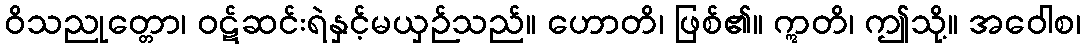
ဝိသညုတ္တော၊ ဝဋ်ဆင်းရဲနှင့်မယှဉ်သည်။ ဟောတိ၊ ဖြစ်၏။ ဣတိ၊ ဤသို့။ အဝေါစ၊